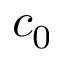
c _ { 0 }